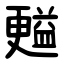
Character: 㬲